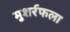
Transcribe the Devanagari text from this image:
मुशर्रफला